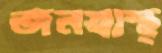
জনস্বাস্থ্